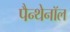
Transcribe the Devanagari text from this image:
पैन्थेनॉल